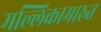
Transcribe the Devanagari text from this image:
मल्लिकामारुत